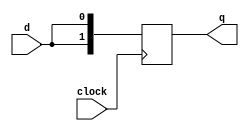
`timescale 1ns / 1ns
//////////////////////////////////////////////////////////////////////////////////
// Company: 
// Engineer: 
// 
// Design Name: 
// Module Name: lab1_4
// Project Name: 
// Target Devices: 
// Tool Versions: 
// Description: 
// 
// Dependencies: 
// 
// Revision:
// Revision 0.01 - File Created
// Additional Comments:
// 
//////////////////////////////////////////////////////////////////////////////////

module shiftA(q,clock,d);
    output [1:0] q;
    input clock,d;
    reg [1:0] q;
    always @(posedge clock)begin
        q[0]=d;
        q[1]=q[0];
    end
endmodule

module shiftB(q,clock,d);
    output [1:0] q;
    input clock,d;
    reg [1:0] q;
    always @(posedge clock)begin
        q[0]<=d;
        q[1]<=q[0];
    end
endmodule